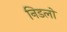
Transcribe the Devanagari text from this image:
निडलो